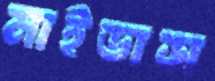
মাইডাস